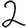
Digit: 2